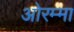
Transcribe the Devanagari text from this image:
ओरम्मा